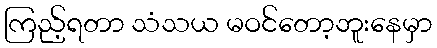
ကြည့်ရတာ သံသယ မဝင်တော့ဘူးနေမှာ